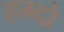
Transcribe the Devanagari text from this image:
हम्दो